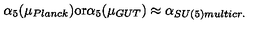
\alpha _ { 5 } ( \mu _ { P l a n c k } ) \mathrm { o r } \alpha _ { 5 } ( \mu _ { G U T } ) \approx \alpha _ { S U ( 5 ) m u l t i c r . }